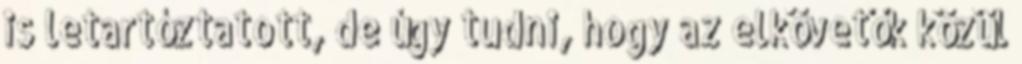
is letartóztatott, de úgy tudni, hogy az elkövetők közül